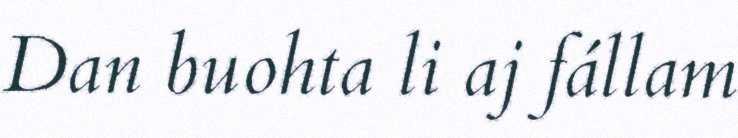
Dan buohta li aj fállam